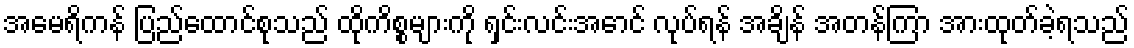
အမေရိကန် ပြည်ထောင်စုသည် ထိုကိစ္စများကို ရှင်းလင်းအောင် လုပ်ရန် အချိန် အတန်ကြာ အားထုတ်ခဲ့ရသည်